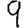
Digit: 9